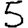
Digit: 5